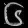
Digit: ၆